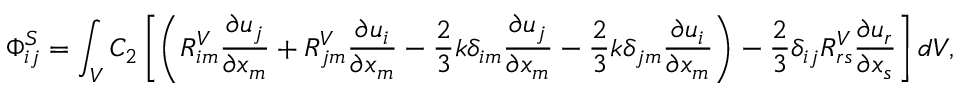
\Phi _ { i j } ^ { S } = \int _ { V } C _ { 2 } \left[ \left( R _ { i m } ^ { V } \frac { \partial u _ { j } } { \partial x _ { m } } + R _ { j m } ^ { V } \frac { \partial u _ { i } } { \partial x _ { m } } - \frac { 2 } { 3 } k \delta _ { i m } \frac { \partial u _ { j } } { \partial x _ { m } } - \frac { 2 } { 3 } k \delta _ { j m } \frac { \partial u _ { i } } { \partial x _ { m } } \right) - \frac { 2 } { 3 } \delta _ { i j } R _ { r s } ^ { V } \frac { \partial u _ { r } } { \partial x _ { s } } \right] d V ,